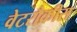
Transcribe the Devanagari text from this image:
वेटरौक्रीस